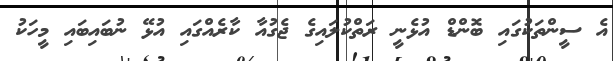
އެ ސީންތަކުގައި ބޮންޑް އުޅެނީ ރަތްކުލައިގެ ޖެގުއާ ކާރެއްގައި އުޅޭ ނުބައިބައި މީހަކު